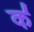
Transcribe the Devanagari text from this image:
क॑